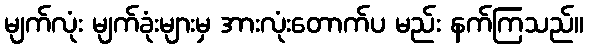
မျက်လုံး မျက်ခုံးများမှ အားလုံးတောက်ပ မည်း နက်ကြသည်။